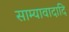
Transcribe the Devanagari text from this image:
साम्यावादादि